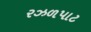
રઝળપાટ